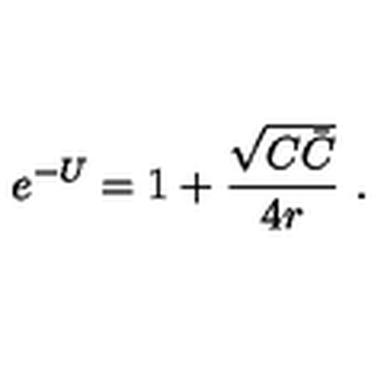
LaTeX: e ^ { - U } = 1 + { \frac { \sqrt { C \bar { C } } } { 4 r } } \ .